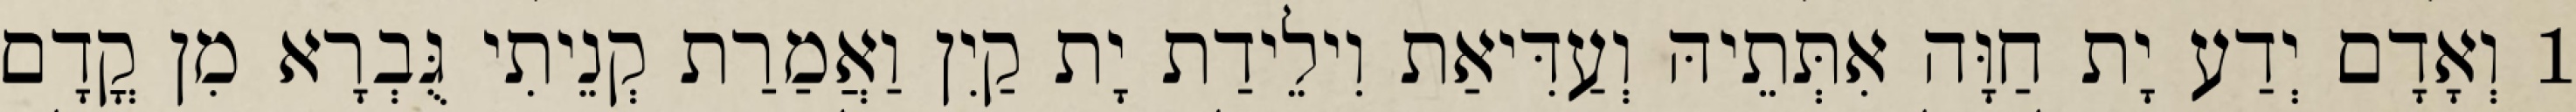
1 וְאָדָם יְדַע יָת חַוָּה אִתְּתֵיהּ וְעַדִּיאַת וִילֵידַת יָת קַיִן וַאֲמַרַת קְנֵיתִי גֻּבְרָא מִן קֳדָם